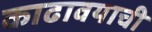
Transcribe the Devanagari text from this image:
काढावयाची